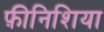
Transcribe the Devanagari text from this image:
फ़ीनिशिया